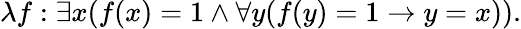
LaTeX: \lambda f:\exists x(f(x)=1\land\forall y(f(y)=1\rightarrow y=x)).